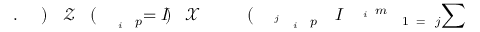
\! \! \! \! \! \! \! \! \! \! \! \! \! \! \! \! \! \! \! \! \! \! \! \! \! \! \! \! \! \! \! \! \! \! \! \sum \! \! \! \! \! \! \! \! \! \! \! \! _ { j \! \! \! \! \! \! \! \! \! \! \! \! = \! \! \! \! \! \! \! \! \! \! \! \! 1 } \! \! \! \! \! \! \! \! \! \! \! \! ^ { m \! \! \! \! \! \! \! \! \! \! \! \! _ { i } } \! \! \! \! \! \! \! \! \! \! \! \! I \! \! \! \! \! \! \! \! \! \! \! \! _ { p \! \! \! \! \! \! \! \! \! \! \! \! _ { i } \! \! \! \! \! \! \! \! \! \! \! \! ^ { j } } \! \! \! \! \! \! \! \! \! \! \! \! ( \! \! \! \! \! \! \! \! \! \! \! \! \ensuremath { \! \! \! \! \! \! \! \! \! \! \! \! \mathcal { X } } \! \! \! \! \! \! \! \! \! \! \! \! ) \! \! \! \! \! \! \! \! \! \! \! \! = I \! \! \! \! \! \! \! \! \! \! \! \! _ { p \! \! \! \! \! \! \! \! \! \! \! \! _ { i } } \! \! \! \! \! \! \! \! \! \! \! \! ( \! \! \! \! \! \! \! \! \! \! \! \! \ensuremath { \mathcal { Z } } \! \! \! \! \! \! \! \! \! \! \! \! ) \! \! \! \! \! \! \! \! \! \! \! \! . \! \! \! \! \! \! \! \! \! \! \! \! \! \! \! \! \! \! \! \! \! \! \!